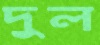
দুল